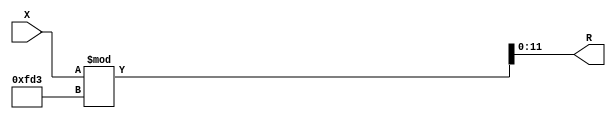
module x_300_mod_4051_reg(
    input [300:1] X,
    output [12:1] R
    );


assign R = X % 4051;

endmodule